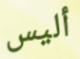
أليس